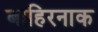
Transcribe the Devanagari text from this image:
बाहिरनाक